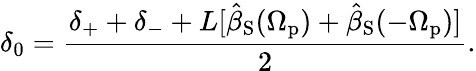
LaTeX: \delta_{0}=\frac{\delta_{+}+\delta_{-}+L[\hat{\beta}_{\mathrm{S}}(\Omega_{\mathrm{p}})+\hat{\beta}_{\mathrm{S}}(-\Omega_{\mathrm{p}})]}{2}.